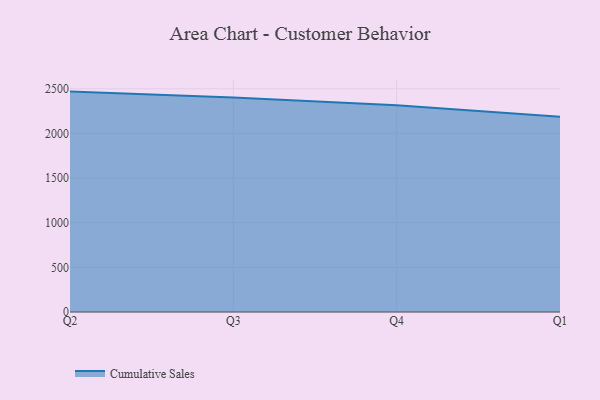
{"axis": {"x": "Quarter", "y": "Budget (USD K)"}, "legend": ["Cumulative Sales"], "data": [{"x": "Q2", "y": 2468.1, "type": "Cumulative Sales"}, {"x": "Q3", "y": 2401.1, "type": "Cumulative Sales"}, {"x": "Q4", "y": 2316.0, "type": "Cumulative Sales"}, {"x": "Q1", "y": 2186.0, "type": "Cumulative Sales"}]}